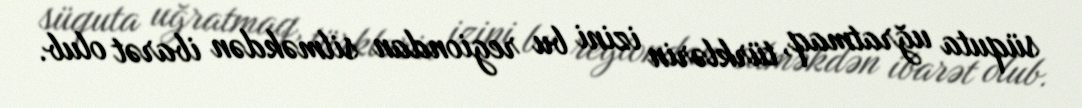
süquta uğratmaq, türklərin izini bu regiondan silməkdən ibarət olub.